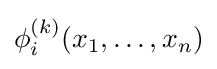
\phi _{i}^{(k)}(x_{1},\dots ,x_{n})